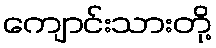
ကျောင်းသားတို့